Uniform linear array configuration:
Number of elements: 12
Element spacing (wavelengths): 0.75
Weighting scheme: blackman
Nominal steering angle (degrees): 0
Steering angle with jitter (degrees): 0.7484
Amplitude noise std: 0.05
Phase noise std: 0.05

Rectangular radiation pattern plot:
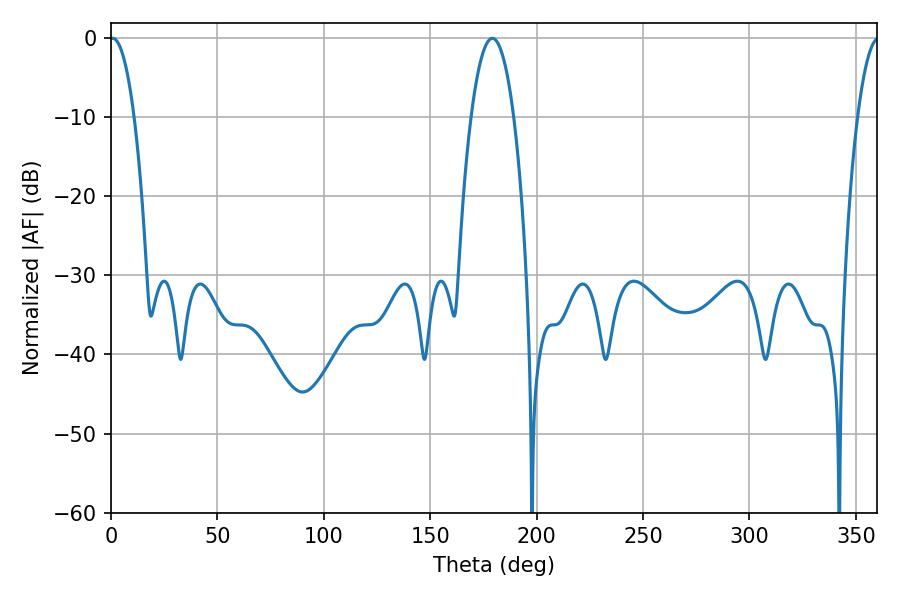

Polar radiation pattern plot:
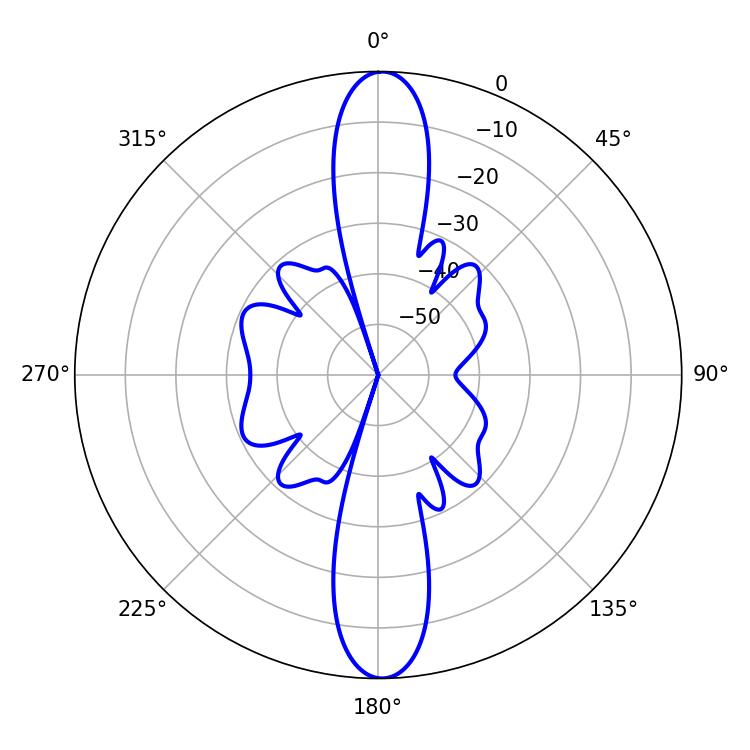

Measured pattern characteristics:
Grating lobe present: TRUE
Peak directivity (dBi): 25.63
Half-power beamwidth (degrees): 6.3
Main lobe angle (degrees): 0.72